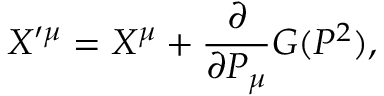
X ^ { \prime \mu } = X ^ { \mu } + { \frac { \partial } { \partial P _ { \mu } } } { \cal G } ( P ^ { 2 } ) ,